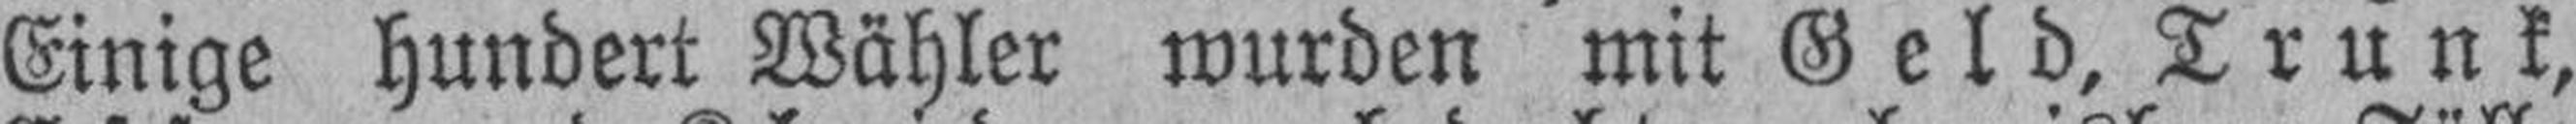
Einige hundert Wähler wurden mit Geld, Trunk,